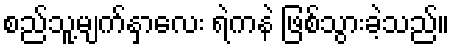
စည်သူ့မျက်နှာလေး ရဲကနဲ ဖြစ်သွားခဲ့သည်။